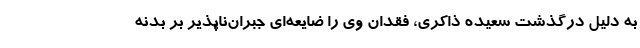
به دلیل درگذشت سعیده ذاکری، فقدان وی را ضایعه‌ای جبران‌ناپذیر بر بدنه